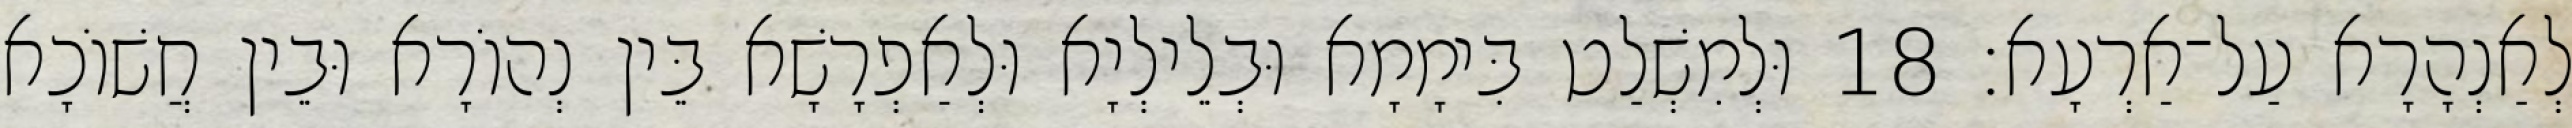
לְאַנְהָרָא עַל־אַרְעָא׃ 18 וּלְמִשְׁלַט בִּימָמָא וּבְלֵילְיָא וּלְאַפְרָשָׁא בֵּין נְהוֹרָא וּבֵין חֲשׁוֹכָא